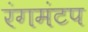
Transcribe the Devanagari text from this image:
रंगमंटप